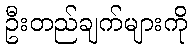
ဦးတည်ချက်များကို